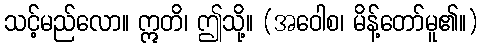
သင့်မည်လော။ ဣတိ၊ ဤသို့။ (အဝေါစ၊ မိန့်တော်မူ၏။)